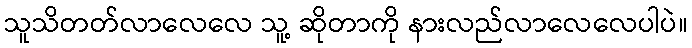
သူသိတတ်လာလေလေ သူ့ ဆိုတာကို နားလည်လာလေလေပါပဲ။